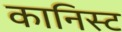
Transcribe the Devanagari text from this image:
कानिस्ट